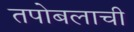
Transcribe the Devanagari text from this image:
तपोबलाची